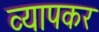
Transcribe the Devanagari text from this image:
व्यापकर